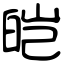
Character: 皑